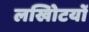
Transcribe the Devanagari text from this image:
लखोिटयों